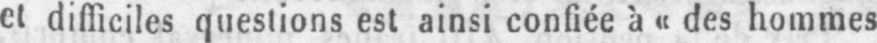
et difficiles questions est ainsi confiée à «des hommes